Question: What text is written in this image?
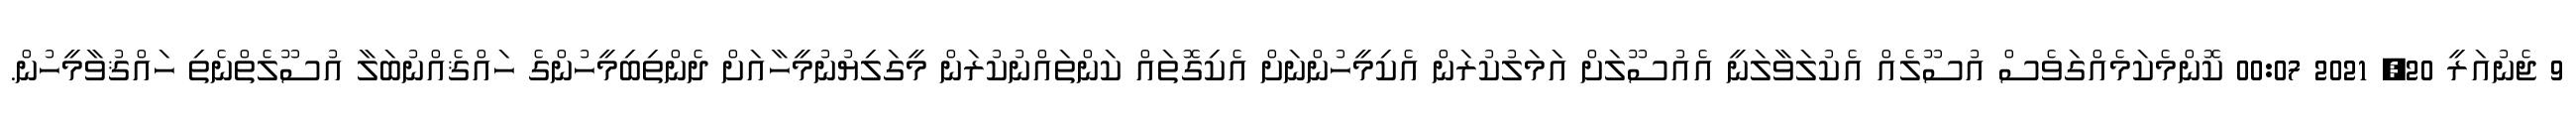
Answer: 9 ޖެނުއަރީ 20, 2021 00:07 ކޮންމެކަމެއްގަވެސް އުސޫލެއް އެކުލަވާލަނީ އެއުސޫލަށް އަމަލުކުރަން އެކިމީހުންނަށް އެކިގޮތައް ކަންތައްނުކުރަން މީގަލިޔުނުމީހާއަށް ދެންތިބިމީހުންގެ ހައްޤެއްނުބަލާ އުސޫލެތްނެތި ހައްޤުވާމީހުން.